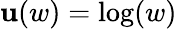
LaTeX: \mathbf{u}(w)=\log(w)